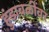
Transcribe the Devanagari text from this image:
हुंडाबळींवर